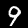
Digit: 9